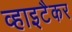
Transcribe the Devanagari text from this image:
व्हाइटैकर